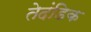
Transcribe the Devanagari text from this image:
तेदंडिक